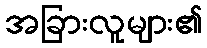
အခြားလူများ၏